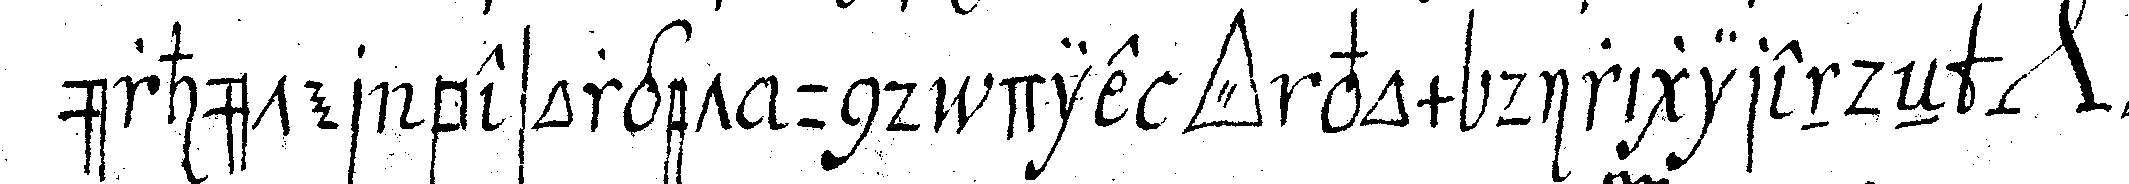
ürhüter besorget und die *tri..* vom dirigirendeN *nee*